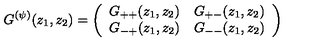
G ^ { ( \psi ) } ( z _ { 1 } , z _ { 2 } ) = \left( \begin{array} { l l } { G _ { + + } ( z _ { 1 } , z _ { 2 } ) } & { G _ { + - } ( z _ { 1 } , z _ { 2 } ) } \\ { G _ { - + } ( z _ { 1 } , z _ { 2 } ) } & { G _ { -- } ( z _ { 1 } , z _ { 2 } ) } \\ \end{array} \right)